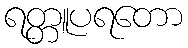
ရတ္တူပရတော